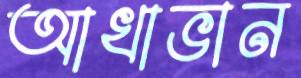
আখাভান